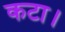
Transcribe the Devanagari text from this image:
कटा।